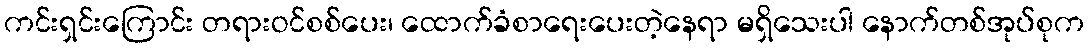
ကင်းရှင်းကြောင်း တရားဝင်စစ်ပေး၊ ထောက်ခံစာရေးပေးတဲ့နေရာ မရှိသေးပါ နောက်တစ်အုပ်စုက